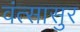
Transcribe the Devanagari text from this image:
वंत्सासुर